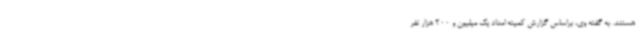
هستند. به گفته وی، براساس گزارش کمیته امداد یک میلیون و 200 هزار نفر